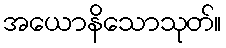
အယောနိသောသုတ်။